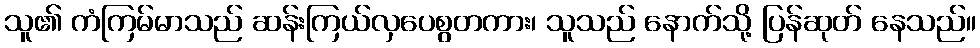
သူ၏ ကံကြမ်မာသည် ဆန်းကြယ်လှပေစွတကား၊ သူသည် နောက်သို့ ပြန်ဆုတ် နေသည်။